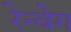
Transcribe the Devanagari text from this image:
रेन्वेग